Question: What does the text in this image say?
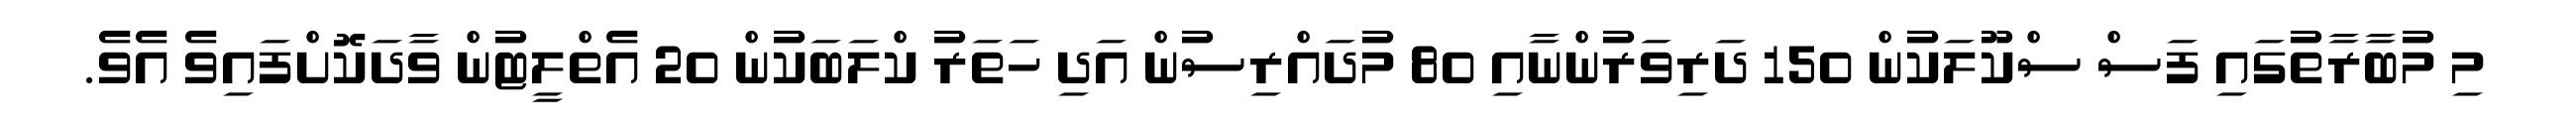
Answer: މި މުބާރާތުގައި ފަސް ސްކޫލަކުން 150 ދަރިވަރުންނާއި 80 މުދައްރިސުން އަދި ހަތަރު ކްލަބަކުން 20 އެތްލީޓުން ވާދަކޮށްފައިވެ އެވެ.